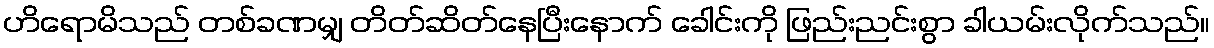
ဟိရောမိသည် တစ်ခဏမျှ တိတ်ဆိတ်နေပြီးနောက် ခေါင်းကို ဖြည်းညင်းစွာ ခါယမ်းလိုက်သည်။